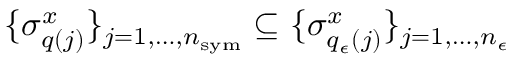
\{ \sigma _ { q ( j ) } ^ { x } \} _ { j = 1 , \dots , n _ { \mathrm { s y m } } } \subseteq \{ \sigma _ { q _ { \epsilon } ( j ) } ^ { x } \} _ { j = 1 , \dots , n _ { \epsilon } }